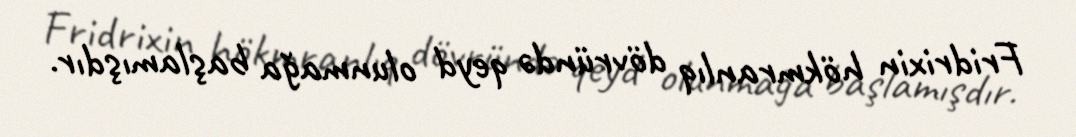
Fridrixin hökmranlıq dövründə qeyd olunmağa başlamışdır.